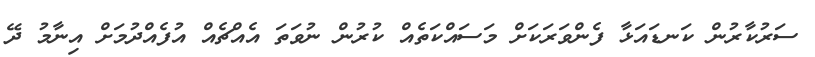
ސަރުކާރުން ކަނޑައަޅާ ފެންވަރަކަށް މަސައްކަތެއް ކުރުން ނުވަތަ އެއްޗެއް އުފެއްދުމަށް އިނާމު ދޭ